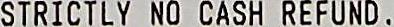
STRICTLY NO CASH REFUND .